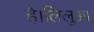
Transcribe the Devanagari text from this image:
है।लिलुआ